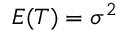
E ( T ) = \sigma ^ { 2 }